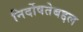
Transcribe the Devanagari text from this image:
निर्दोषतेबद्दल